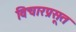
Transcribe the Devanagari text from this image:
विचारप्रसूत